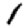
Digit: 1